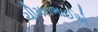
ચીમનભાઈએ